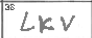
Transcription: LKV